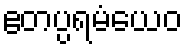
ဧတပ္ပရမံယေဝ